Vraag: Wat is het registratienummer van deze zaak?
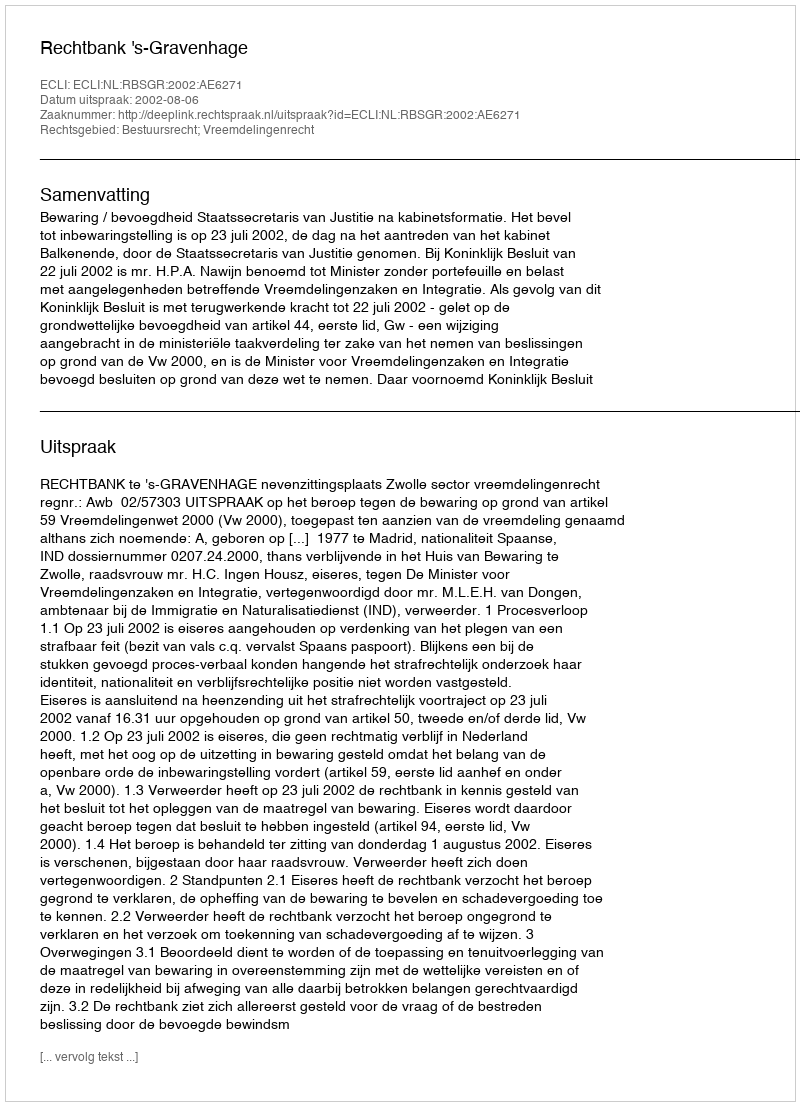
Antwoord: http://deeplink.rechtspraak.nl/uitspraak?id=ECLI:NL:RBSGR:2002:AE6271